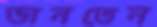
ভানতেন